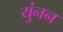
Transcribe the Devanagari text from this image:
युंनन